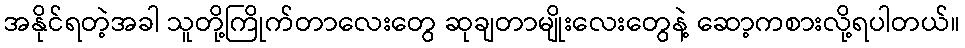
အနိုင်ရတဲ့အခါ သူတို့ကြိုက်တာလေးတွေ ဆုချတာမျိုးလေးတွေနဲ့ ဆော့ကစားလို့ရပါတယ်။